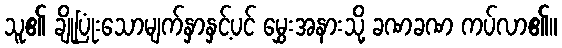
သူ၏ ချိုပြုံးသောမျက်နှာနှင့်ပင် မွှေးအနားသို့ ခဏခဏ ကပ်လာ၏။